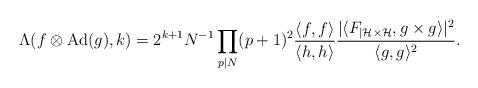
LaTeX: \begin{align*} \Lambda(f \otimes \mathrm{Ad}(g),k) = 2^{k+1}N^{-1} \prod_{p\mid N}(p+1)^2 \frac{\langle f,f \rangle}{\langle h,h\rangle} \frac{|\langle F_{|\mathcal H \times \mathcal H}, g \times g\rangle|^2}{\langle g,g\rangle ^2}. \end{align*}